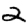
Digit: 2